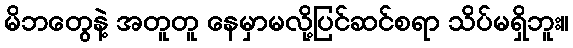
မိဘတွေနဲ့ အတူတူ နေမှာမလို့ပြင်ဆင်စရာ သိပ်မရှိဘူး။